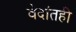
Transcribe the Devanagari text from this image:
वेदांतही